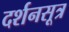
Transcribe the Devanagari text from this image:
दर्शनसूत्र